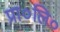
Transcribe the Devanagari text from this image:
प्रा०लि०